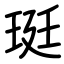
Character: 珽